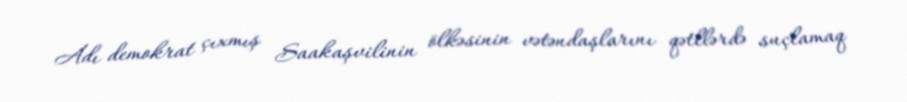
Adı demokrat çıxmış Saakaşvilinin ölkəsinin vətəndaşlarını qətllərdə suçlamaq